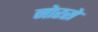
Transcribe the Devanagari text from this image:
नोरसे